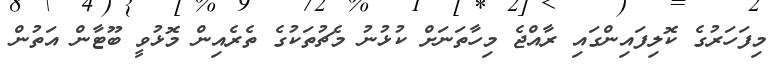
މިފަހަރުގެ ކޮލިފައިންގައި ރާއްޖެ މިހާތަނަށް ކުޅުނު މެޗުތަކުގެ ތެރެއިން މޮޅުވީ ބޫޓާން އަތުން